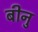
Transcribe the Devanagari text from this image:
बीनु